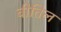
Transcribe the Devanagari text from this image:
वीतिल